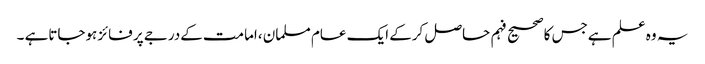
یہ وہ علم ہےجس کاصحیح فہم حاصل کرکے ایک عام مسلمان ،امامت کےدرجے پر فائز ہوجاتاہے ۔